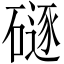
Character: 𪿯